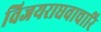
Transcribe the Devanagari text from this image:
विजयराघवाचारि